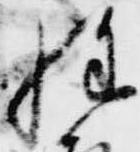
経